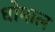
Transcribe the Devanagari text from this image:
धोमाल